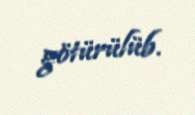
götürülüb.